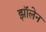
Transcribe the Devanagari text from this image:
झॉलेन